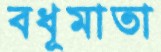
বধূমাতা